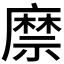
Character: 𢋎